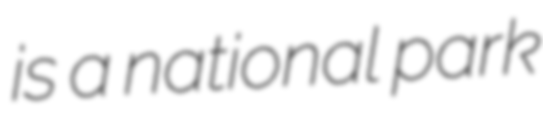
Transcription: is a national park